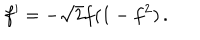
f ^ { \prime } = - \sqrt { 2 } f ( 1 - f ^ { 2 } ) \, .